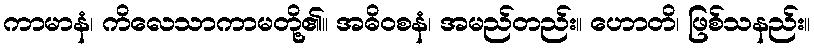
ကာမာနံ၊ ကိလေသာကာမတို့၏။ အဓိဝစနံ၊ အမည်တည်း။ ဟောတိ၊ ဖြစ်သနည်း။